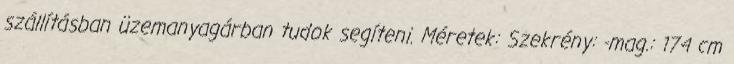
szállításban üzemanyagárban tudok segíteni. Méretek: Szekrény: -mag.: 174 cm